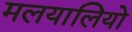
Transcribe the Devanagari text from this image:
मलयालियो